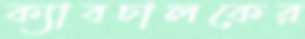
ক্যাবচালকের